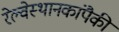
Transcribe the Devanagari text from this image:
रेल्वेस्थानकांपैकी